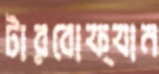
টারবোফ্যান